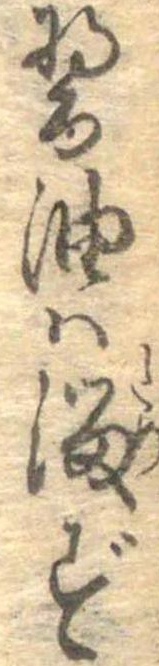
醤油は溜ず